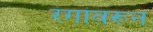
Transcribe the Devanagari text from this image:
रंगांवरून